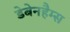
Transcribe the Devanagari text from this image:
डेबेनहैम्स